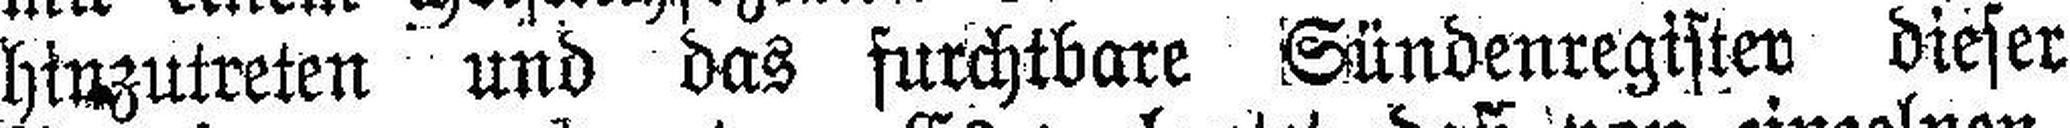
hinzutreten und das furchtbare Sündenregister dieser